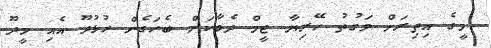
މީގެ އިތިރަށް ވަގުތު ހޭރިޔާ ޓީމް ދެބާކަށް ބެހަގެން ހުޅުދޫ އެއި މީދޫ